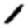
Digit: 1